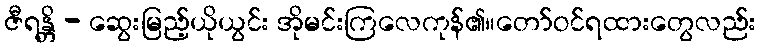
ဇီရန္တိ - ဆွေးမြည့်ယိုယွင်း အိုမင်းကြလေကုန်၏။တော်ဝင်ရထားတွေလည်း